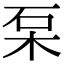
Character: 䂞